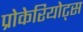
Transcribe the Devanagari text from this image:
प्रोकेरियोट्स